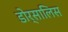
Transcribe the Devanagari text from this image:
डोर्सालिस